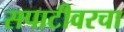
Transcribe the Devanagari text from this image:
सपाटीवरचा